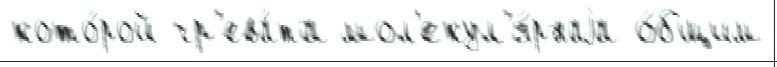
кото́рой чр'ева́та мол'екул'я́рнаjа о́бщим